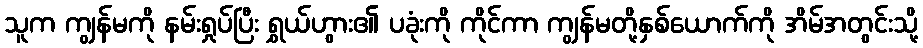
သူက ကျွန်မကို နမ်းရှုပ်ပြီး ရွှယ်ဟွား၏ ပခုံးကို ကိုင်ကာ ကျွန်မတို့နှစ်ယောက်ကို အိမ်အတွင်းသို့